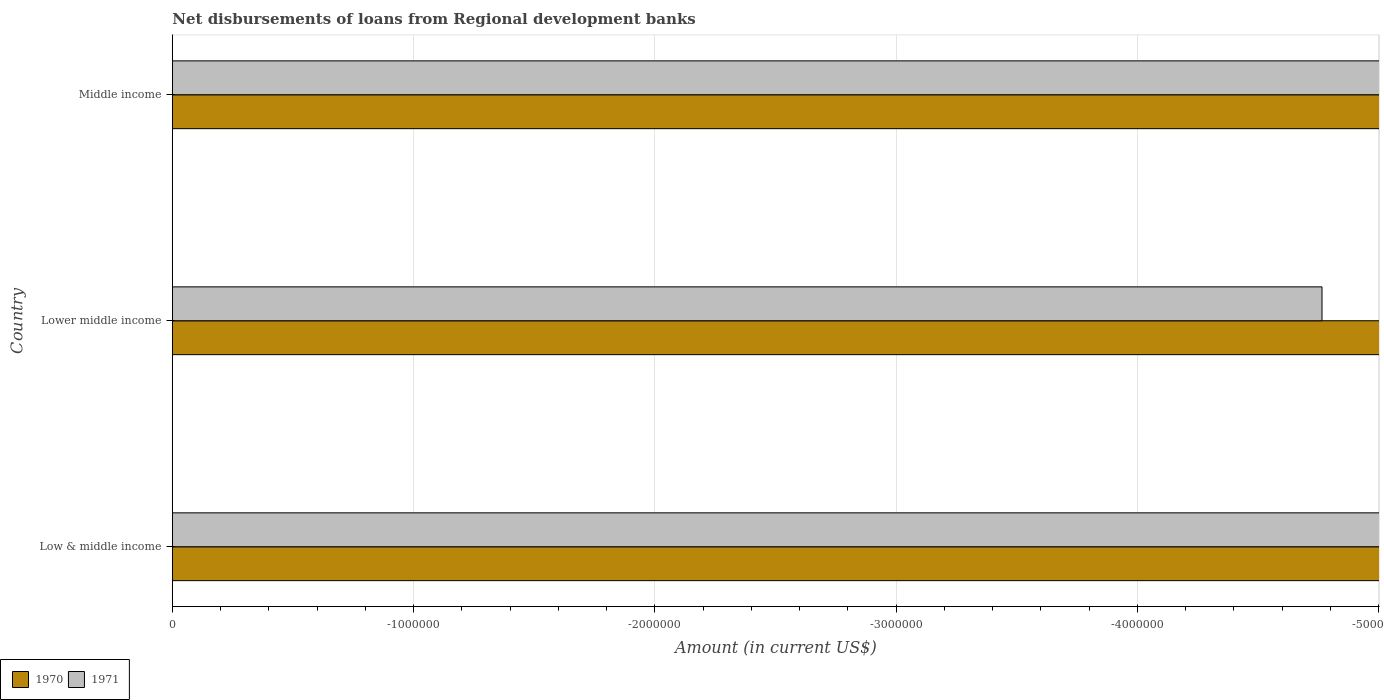
| Country | 1970 | 1971 |
 | --- | --- | --- |
 | Low & middle income | -2.02e+08 | -1.57e+07 |
 | Lower middle income | -2.02e+08 | -4.76e+06 |
 | Middle income | -2.02e+08 | -1.22e+07 |